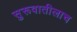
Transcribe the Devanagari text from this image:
सुरूवातीलाच